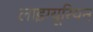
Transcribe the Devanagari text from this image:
लाइग्यूरियन